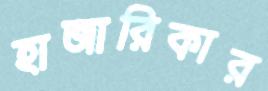
হাজারিকার